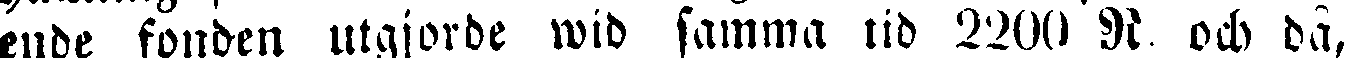
ende fonden utgjorde wid samma tid 2200 N. och då,